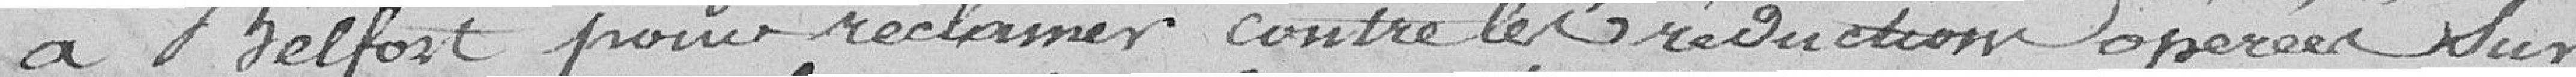
à Belfort pour réclamer contre la traduction opérée sur